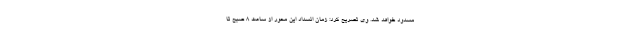
مسدود خواهد شد. وی تصریح کرد: زمان انسداد این محور از ساعت ۸ صبح تا